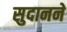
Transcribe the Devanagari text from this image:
सुदानने